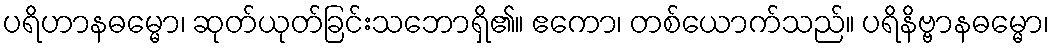
ပရိဟာနဓမ္မော၊ ဆုတ်ယုတ်ခြင်းသဘောရှိ၏။ ဧကော၊ တစ်ယောက်သည်။ ပရိနိဗ္ဗာနဓမ္မော၊